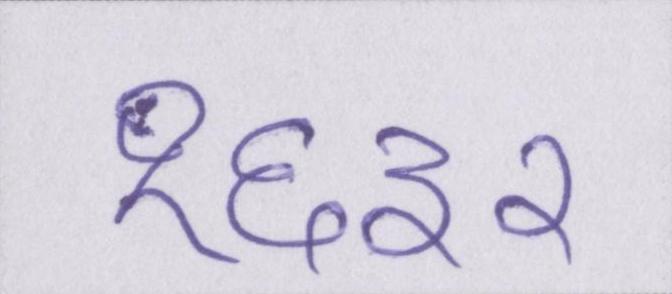
१६३२